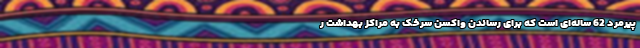
پیرمرد 62 ساله‌ای است که برای رساندن واکسن سرخک به مراکز بهداشت ر